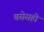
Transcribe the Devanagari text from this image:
बसेसही